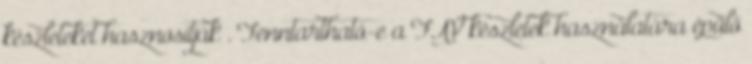
készleteket hasznosítják . Fenntartható-e a FAV készletek használatára épülő